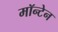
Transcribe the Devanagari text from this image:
मॉन्टेन